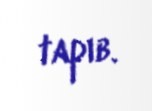
tapıb.